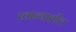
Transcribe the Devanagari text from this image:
खान्यातील